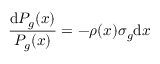
\frac { \mathrm { d } P _ { g } ( x ) } { P _ { g } ( x ) } = - \rho ( x ) \sigma _ { g } \mathrm { d } x